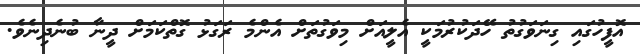
އޮފީހުގައި ގިނަވަގުތު ހޭދަކުރުމަކީ އެލީއަށް މިވަގުތަށް އެންމެ ރަގަޅު ގޮތްކަމަށް ދީނާ ބުނެދިނެވެ.